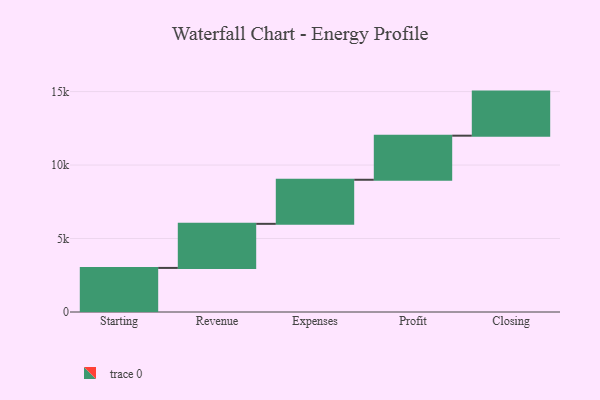
{"axis": {"x": "Step", "y": "Value"}, "legend": [""], "data": [{"x": "Starting", "y": 3000, "type": ""}, {"x": "Revenue", "y": 3000, "type": ""}, {"x": "Expenses", "y": 3000, "type": ""}, {"x": "Profit", "y": 3000, "type": ""}, {"x": "Closing", "y": 3000, "type": ""}]}